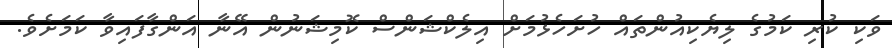
ވަކި ކުރި ކަމުގެ ލިޔެކިއުންތައް ހުށަހެޅުމަށް އިލެކްޝަންސް ކޮމިޝަނުން އޭނާ އަންގާފައިވާ ކަމަށެވެ.